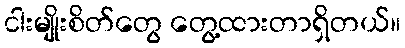
ငါးမျိုးစိတ်တွေ တွေ့ထားတာရှိတယ်။